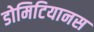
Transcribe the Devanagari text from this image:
डोमिटियानस